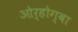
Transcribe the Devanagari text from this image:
ओर्होग्बा